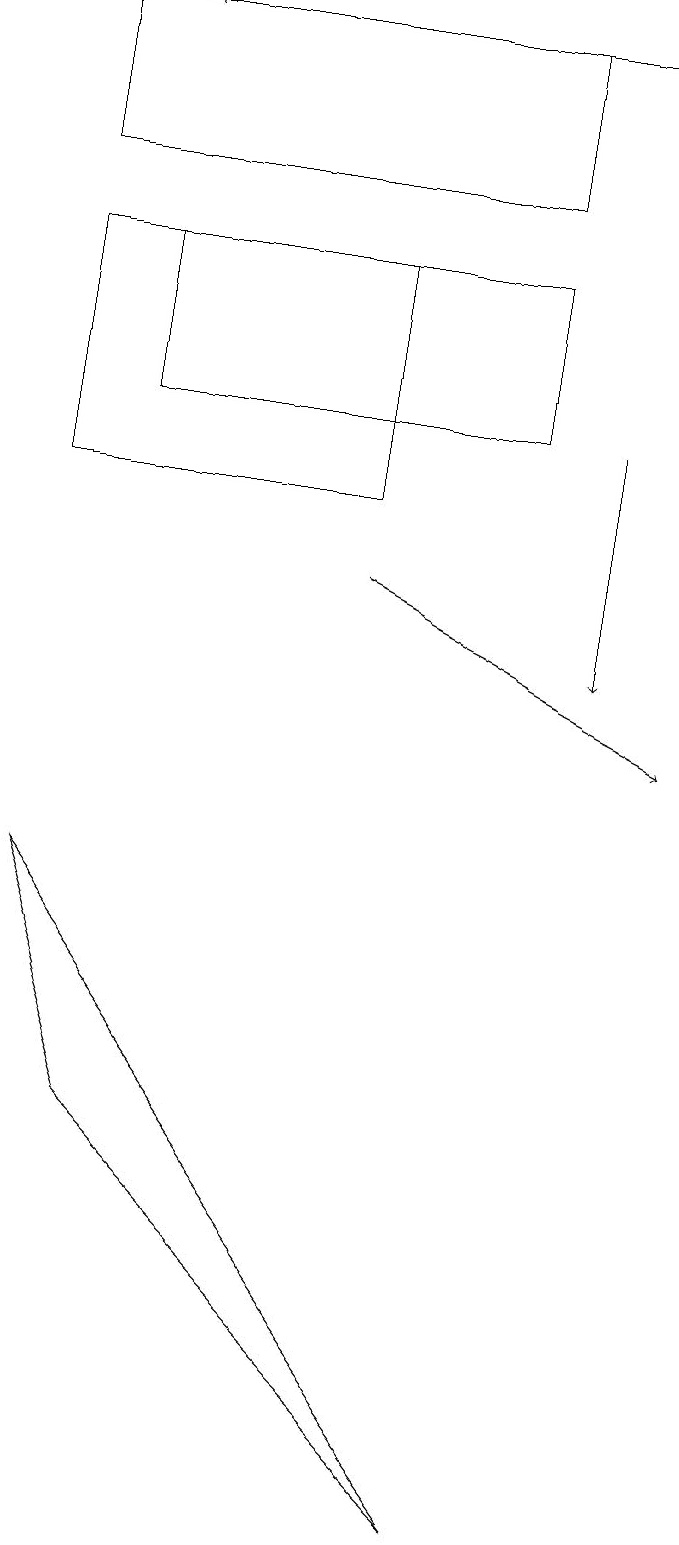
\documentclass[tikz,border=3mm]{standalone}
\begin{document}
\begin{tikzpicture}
\draw[->] (7,14) -- (7,11);
\draw (6,17) rectangle (0,19);
\draw (1,5) -- (0,8) -- (6,0) -- cycle;
\draw[->] (4,12) -- (8,10);
\draw (6,14) rectangle (1,16);
\draw[->] (7,19) -- (1,19);
\draw (0,13) rectangle (4,16);
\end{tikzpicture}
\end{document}